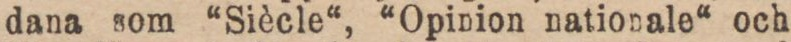
dana som “Siècle“, “Opinion nationale“ och